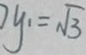
y _ { 1 } = \sqrt { 3 }